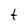
Character: t